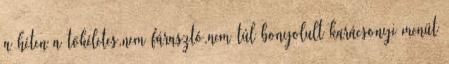
a héten a tökéletes,nem fárasztó,nem túl bonyolult karácsonyi menüt